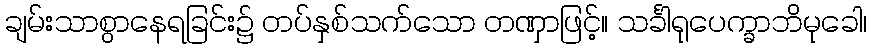
ချမ်းသာစွာနေရခြင်း၌ တပ်နှစ်သက်သော တဏှာဖြင့်။ သင်္ခါရုပေက္ခာဘိမုခေါ၊